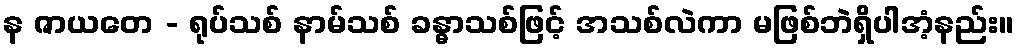
န ဇာယတေ - ရုပ်သစ် နာမ်သစ် ခန္ဓာသစ်ဖြင့် အသစ်လဲကာ မဖြစ်ဘဲရှိပါအံ့နည်း။